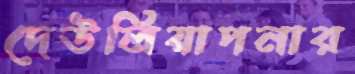
দেউলিয়াপনার